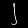
Digit: ၂